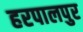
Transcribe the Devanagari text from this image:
हरपालपुर